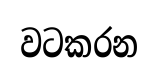
වටකරන